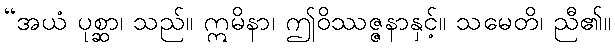
“အယံ ပုစ္ဆာ၊ သည်။ ဣမိနာ၊ ဤဝိဿဇ္ဇနာနှင့်။ သမေတိ၊ ညီ၏။